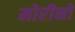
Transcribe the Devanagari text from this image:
मोरीनो